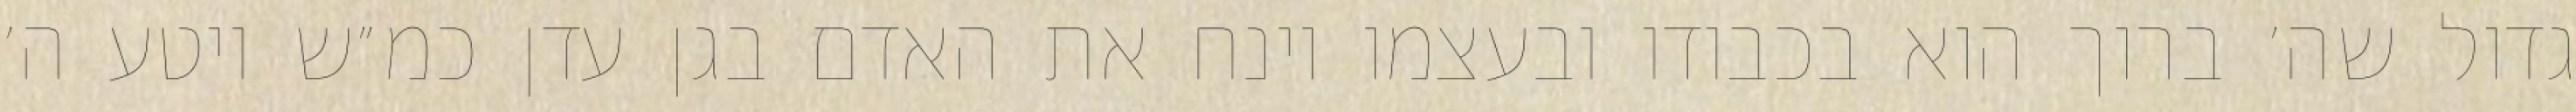
גדול שה׳ ברוך הוא בכבודו ובעצמו וינח את האדם בגן עדן כמ״ש ויטע ה׳